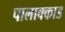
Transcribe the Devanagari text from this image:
पालाक्काड